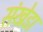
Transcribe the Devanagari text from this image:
संखेडा